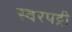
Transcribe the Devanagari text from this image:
स्वरपट्टी